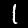
Digit: 1